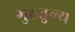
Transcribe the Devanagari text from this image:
गुरुतुल्य